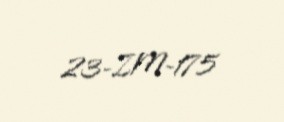
23-ZM-175